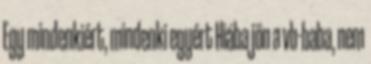
Egy mindenkiért, mindenki egyért Hiába jön a vb-baba, nem